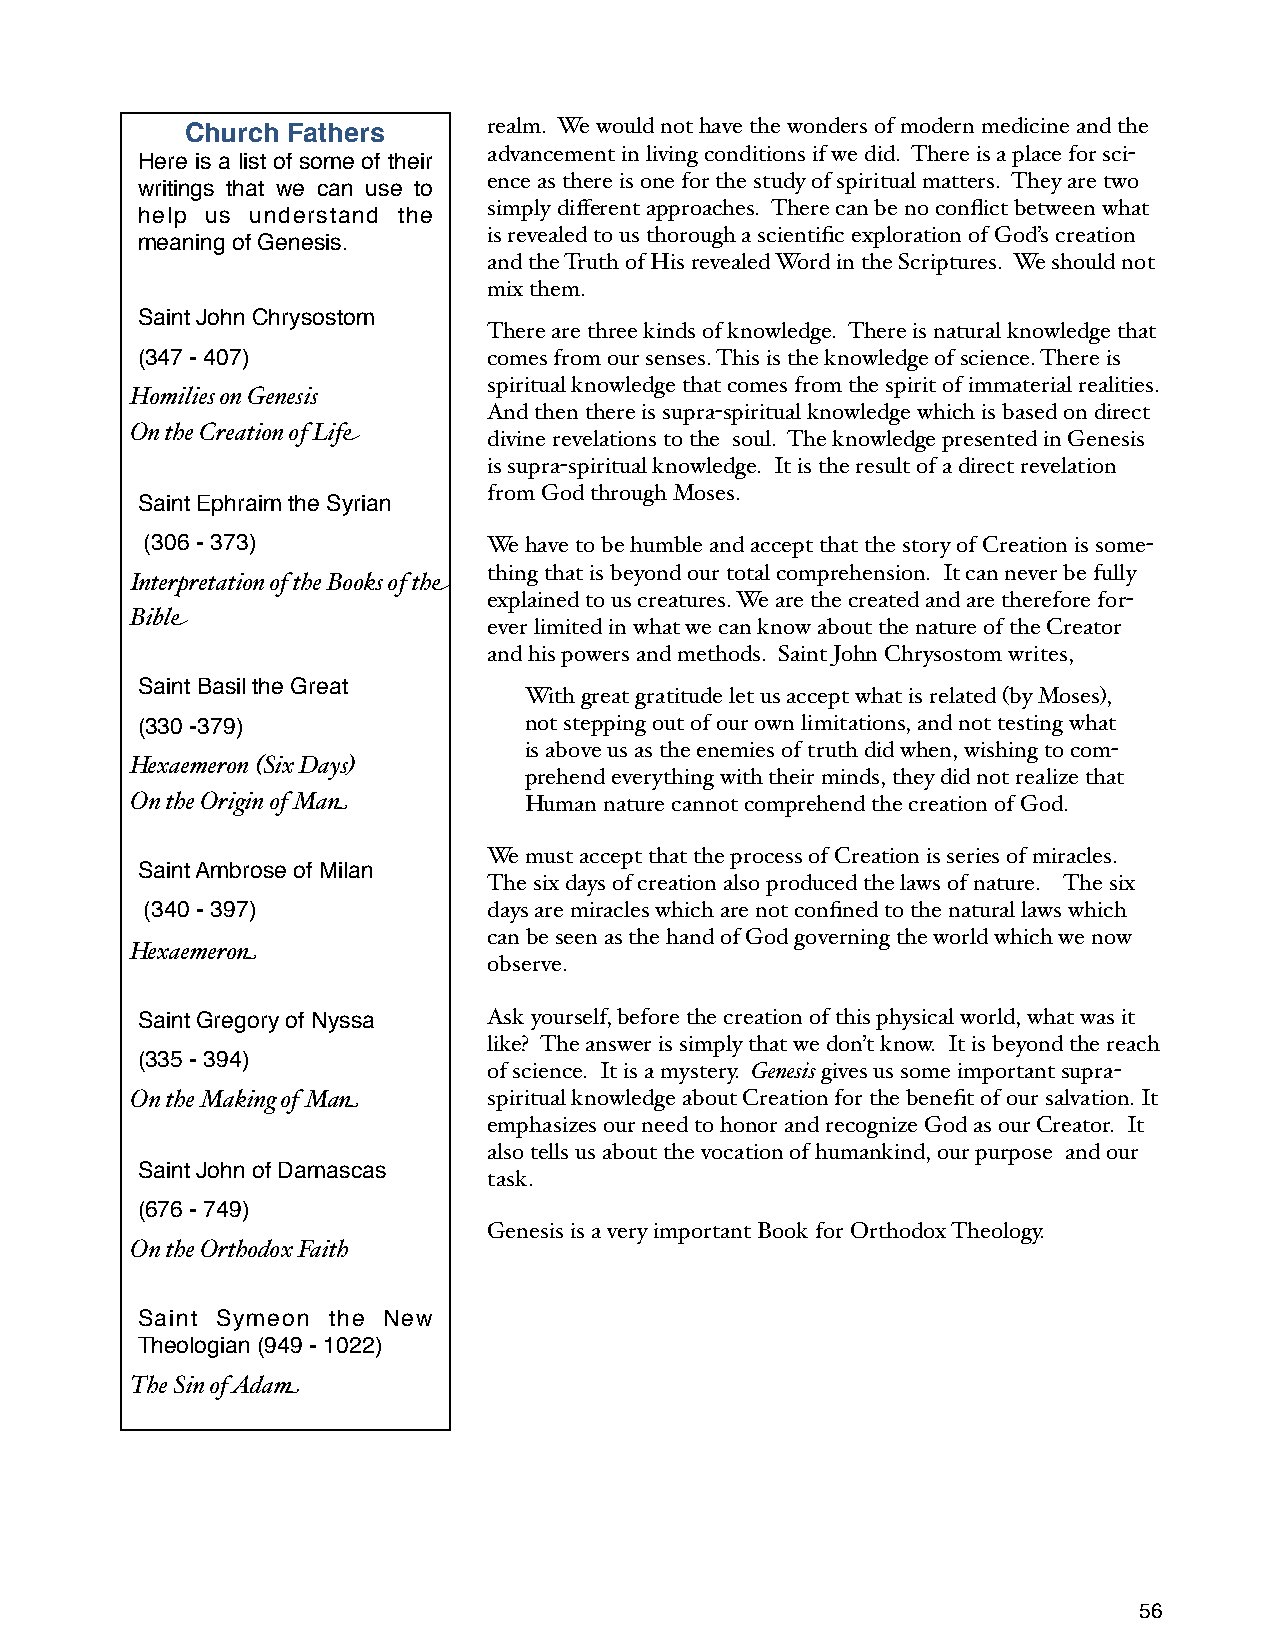
Church Fathers      realm. We would not have the wonders of modern medicine and the
 advancement in living conditions if we did. There is a place for sci-
 Here is a list of some of their
 ence as there is one for the study of spiritual matters. They are two
 writings that we can use to
 simply different approaches. There can be no conflict between what
 help us understand the
 is revealed to us thorough a scientific exploration of God’s creation
 meaning of Genesis.
 and the Truth of His revealed Word in the Scriptures. We should not
 mix them.
 Saint John Chrysostom
 There are three kinds of knowledge. There is natural knowledge that
 (347 - 407)            comes from our senses. This is the knowledge of science. There is
 spiritual knowledge that comes from the spirit of immaterial realities.
 Homilies on Genesis
 And then there is supra-spiritual knowledge which is based on direct
 On the Creation of Life
 divine revelations to the soul. The knowledge presented in Genesis
 is supra-spiritual knowledge. It is the result of a direct revelation
 from God through Moses.
 Saint Ephraim the Syrian
 (306 - 373)           We have to be humble and accept that the story of Creation is some-
 thing that is beyond our total comprehension. It can never be fully
 Interpretation of the Books of the
 explained to us creatures. We are the created and are therefore for-
 Bible
 ever limited in what we can know about the nature of the Creator
 and his powers and methods. Saint John Chrysostom writes,
 Saint Basil the Great
 With great gratitude let us accept what is related (by Moses),
 (330 -379)                not stepping out of our own limitations, and not testing what
 is above us as the enemies of truth did when, wishing to com-
 Hexaemeron (Six Days)
 prehend everything with their minds, they did not realize that
 On the Origin of Man      Human nature cannot comprehend the creation of God.
 We must accept that the process of Creation is series of miracles.
 Saint Ambrose of Milan
 The six days of creation also produced the laws of nature. The six
 (340 - 397)           days are miracles which are not confined to the natural laws which
 can be seen as the hand of God governing the world which we now
 Hexaemeron
 observe.
 Saint Gregory of Nyssa Ask yourself, before the creation of this physical world, what was it
 like? The answer is simply that we don’t know. It is beyond the reach
 (335 - 394)
 of science. It is a mystery. Genesis gives us some important supra-
 On the Making of Man   spiritual knowledge about Creation for the benefit of our salvation. It
 emphasizes our need to honor and recognize God as our Creator. It
 also tells us about the vocation of humankind, our purpose and our
 Saint John of Damascas
 task.
 (676 - 749)
 Genesis is a very important Book for Orthodox Theology.
 On the Orthodox Faith
 Saint Symeon the New
 Theologian (949 - 1022)
 The Sin of Adam
 56